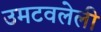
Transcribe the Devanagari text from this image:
उमटवलेली